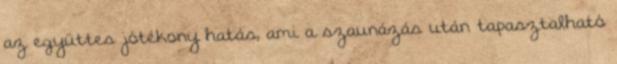
az együttes jótékony hatás, ami a szaunázás után tapasztalható